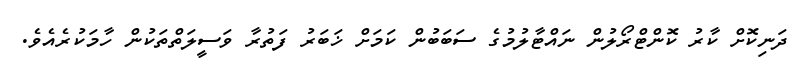
ދަނިކޮށް ކާރު ކޮންޓްރޯލުން ނައްޓާލުމުގެ ސަބަބުން ކަމަށް ޚަބަރު ފަތުރާ ވަސީލަތްތަކުން ހާމަކުރެއެވެ.